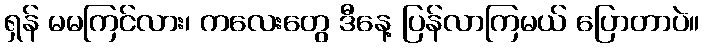
ရှန် မမကြင်လား၊ ကလေးတွေ ဒီနေ့ ပြန်လာကြမယ် ပြောတာပဲ။